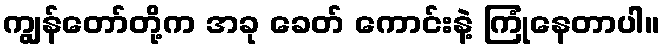
ကျွန်တော်တို့က အခု ခေတ် ကောင်းနဲ့ ကြုံနေတာပါ။